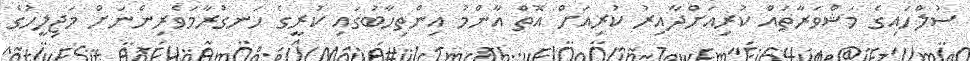
ސުލްހައިގެ މަޝްވަރާތައް ކުރިއަށްދާއިރު ކުރިއަށް އޮތް އާންމު އިންތިހާބުގައި ކުރީގެ ހަނގުރާމަވެރިންނަށް މަޖިލީހުގެ